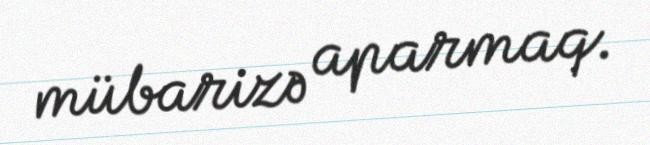
mübarizə aparmaq.